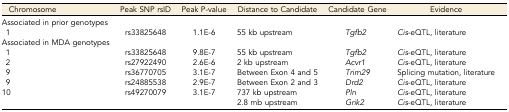
<table><thead><tr><td><b>Chromosome</b></td><td><b>Peak SNP rsID</b></td><td><b>Peak P-value</b></td><td><b>Distance to Candidate</b></td><td><b>Candidate Gene</b></td><td><b>Evidence</b></td></tr></thead><tbody><tr><td>Associated in prior genotypes</td><td></td><td></td><td></td><td></td><td></td></tr><tr><td>1</td><td>rs33825648</td><td>1.1E-6</td><td>55 kb upstream</td><td><i>Tgfb2</i></td><td><i>Cis</i>-eQTL, literature</td></tr><tr><td>Associated in MDA genotypes</td><td></td><td></td><td></td><td></td><td></td></tr><tr><td>1</td><td>rs33825648</td><td>9.8E-7</td><td>55 kb upstream</td><td><i>Tgfb2</i></td><td><i>Cis</i>-eQTL, literature</td></tr><tr><td>2</td><td>rs27922490</td><td>2.6E-6</td><td>2 kb upstream</td><td><i>Acvr1</i></td><td><i>Cis</i>-eQTL, literature</td></tr><tr><td>9</td><td>rs36770705</td><td>3.1E-7</td><td>Between Exon 4 and 5</td><td><i>Trim29</i></td><td>Splicing mutation, literature</td></tr><tr><td>9</td><td>rs24885538</td><td>2.9E-7</td><td>Between Exon 2 and 3</td><td><i>Drd2</i></td><td><i>Cis</i>-eQTL, literature</td></tr><tr><td>10</td><td>rs49270079</td><td>3.1E-7</td><td>737 kb upstream</td><td><i>Pln</i></td><td><i>Cis</i>-eQTL, literature</td></tr><tr><td></td><td></td><td></td><td>2.8 mb upstream</td><td><i>Grik2</i></td><td><i>Cis</i>-eQTL, literature</td></tr></tbody></table>